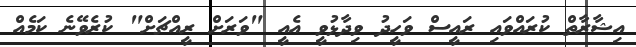
އިޝާރާތް ކުރައްވައި ރައީސް ވަހީދު ވިދާޅުވީ އެއީ "ވަރަށް ރީއްޗަށް" ކުރެވޭނެ ކަމެއް